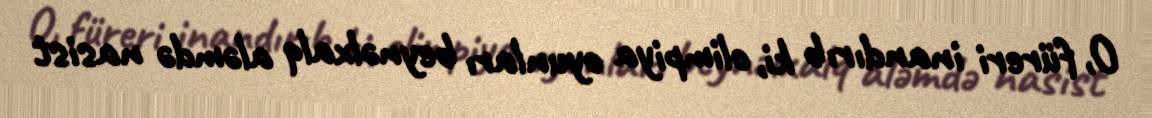
O, füreri inandırıb ki, olimpiya oyunları beynəlxalq aləmdə nasist